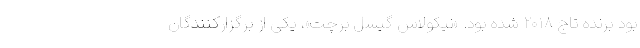
بود برنده تاج ۲۰۱۸ شده بود. «نیکولاس گیسِل برچت»، یکی از برگزارکنندگان